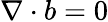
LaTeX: \nabla\cdot b=0